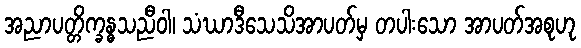
အညာပတ္တိက္ခန္ဓသညီဝါ၊ သံဃာဒီသေသိအာပတ်မှ တပါးသော အာပတ်အစုဟု